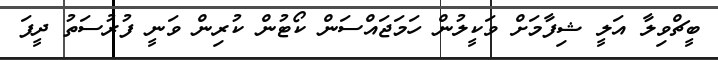
ބީޗްވިލާ އަލީ ޝިފާމަށް ވަކީލުން ހަމަޖައްސަން ކޯޓުން ކުރިން ވަނީ ފުރުސަތު ދީފަ